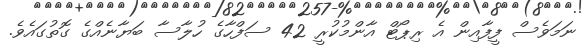
ނަމަވެސް ފީފާއިން އެ ރިޕޯޓް އާންމުކުރީ 42 ސަފްހާގެ ހުލާސާ ބަޔާނެއްގެ ގޮތުގައެވެ.